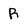
Character: R